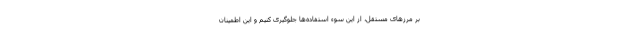
بر مرزهای مستقل، از این سوء استفاده‌ها جلوگیری کنیم و این اطمینان